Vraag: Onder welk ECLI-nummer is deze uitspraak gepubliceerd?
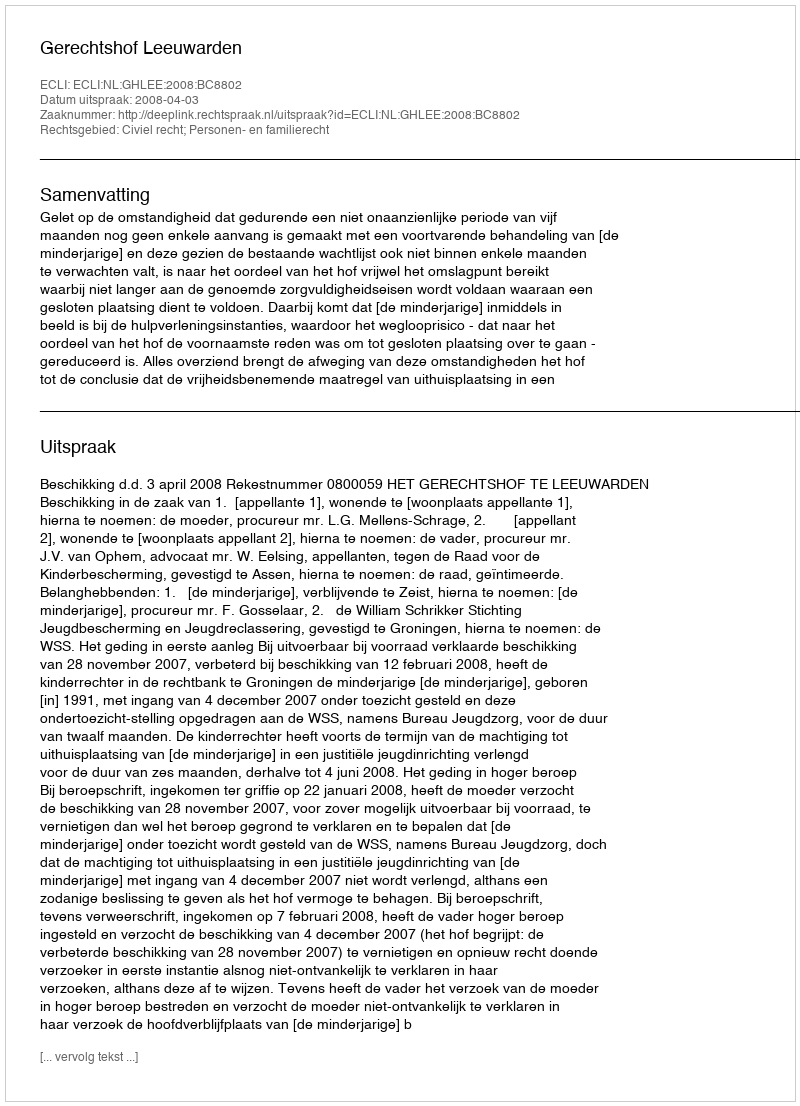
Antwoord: ECLI:NL:GHLEE:2008:BC8802